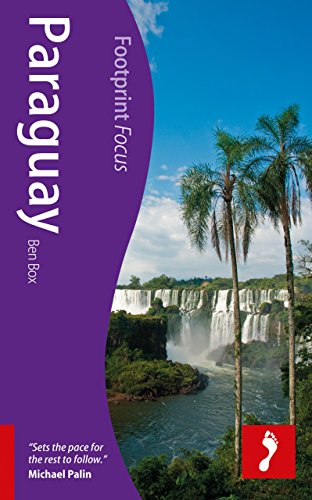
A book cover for Paraguay (Footprint Focus); Ben Box; Travel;